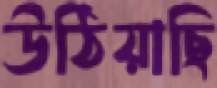
উঠিয়াছি